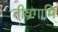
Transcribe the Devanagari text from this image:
तीव्रगामि